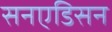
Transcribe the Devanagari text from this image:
सनएडिसन